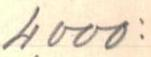
4000: